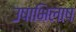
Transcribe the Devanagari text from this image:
उषाभिलाष